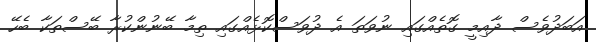
އަބަދުވެސް ދާއިމީ ގޮތެއްގައި ނުވަތަ އެ ދުވަސްކޮޅެއްގައި ތިމާ ބޭނުންކުރާ ބޭސްތަކާ ބެހޭ